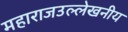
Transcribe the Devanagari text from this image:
महाराजउल्लेखनीय